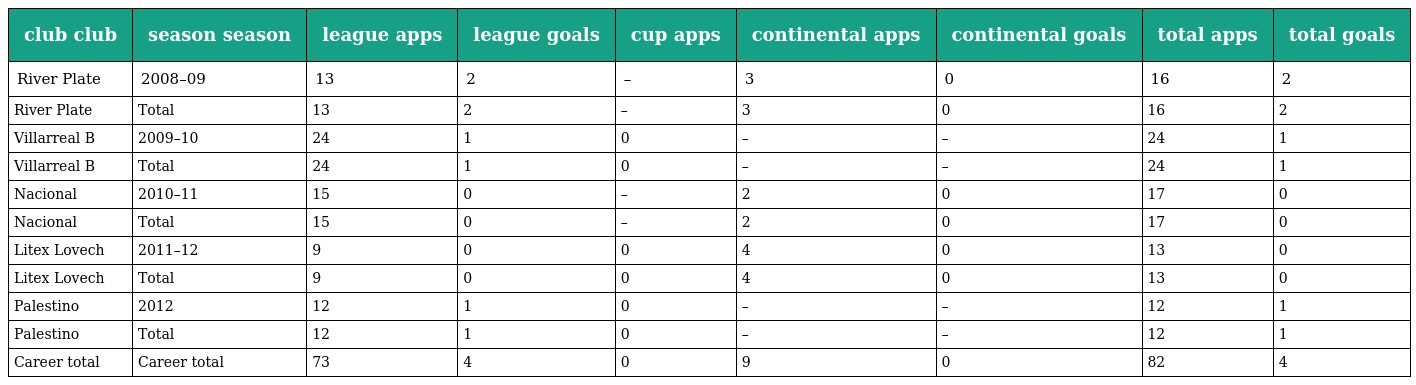
| club club | season season | league apps | league goals | cup apps | continental apps | continental goals | total apps | total goals |
 | --- | --- | --- | --- | --- | --- | --- | --- | --- |
 | River Plate | 2008–09 | 13 | 2 | – | 3 | 0 | 16 | 2 |
 | River Plate | Total | 13 | 2 | – | 3 | 0 | 16 | 2 |
 | Villarreal B | 2009–10 | 24 | 1 | 0 | – | – | 24 | 1 |
 | Villarreal B | Total | 24 | 1 | 0 | – | – | 24 | 1 |
 | Nacional | 2010–11 | 15 | 0 | – | 2 | 0 | 17 | 0 |
 | Nacional | Total | 15 | 0 | – | 2 | 0 | 17 | 0 |
 | Litex Lovech | 2011–12 | 9 | 0 | 0 | 4 | 0 | 13 | 0 |
 | Litex Lovech | Total | 9 | 0 | 0 | 4 | 0 | 13 | 0 |
 | Palestino | 2012 | 12 | 1 | 0 | – | – | 12 | 1 |
 | Palestino | Total | 12 | 1 | 0 | – | – | 12 | 1 |
 | Career total | Career total | 73 | 4 | 0 | 9 | 0 | 82 | 4 |